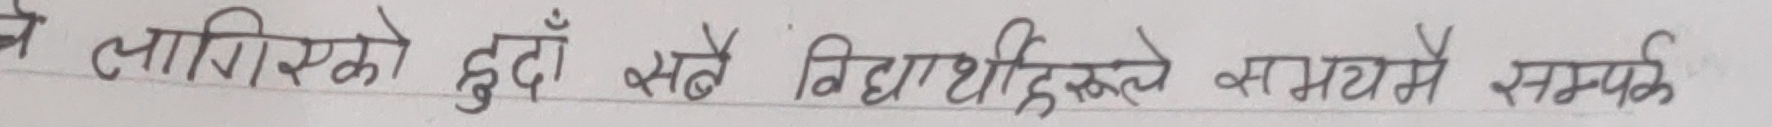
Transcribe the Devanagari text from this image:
लागिएको हुँदा सबै विद्यार्थीहरूले समयमै सम्पर्क